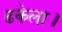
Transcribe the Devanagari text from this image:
ढकेला।